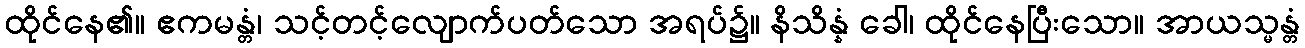
ထိုင်နေ၏။ ဧကမန္တံ၊ သင့်တင့်လျောက်ပတ်သော အရပ်၌။ နိသိန္နံ ခေါ၊ ထိုင်နေပြီးသော။ အာယသ္မန္တံ